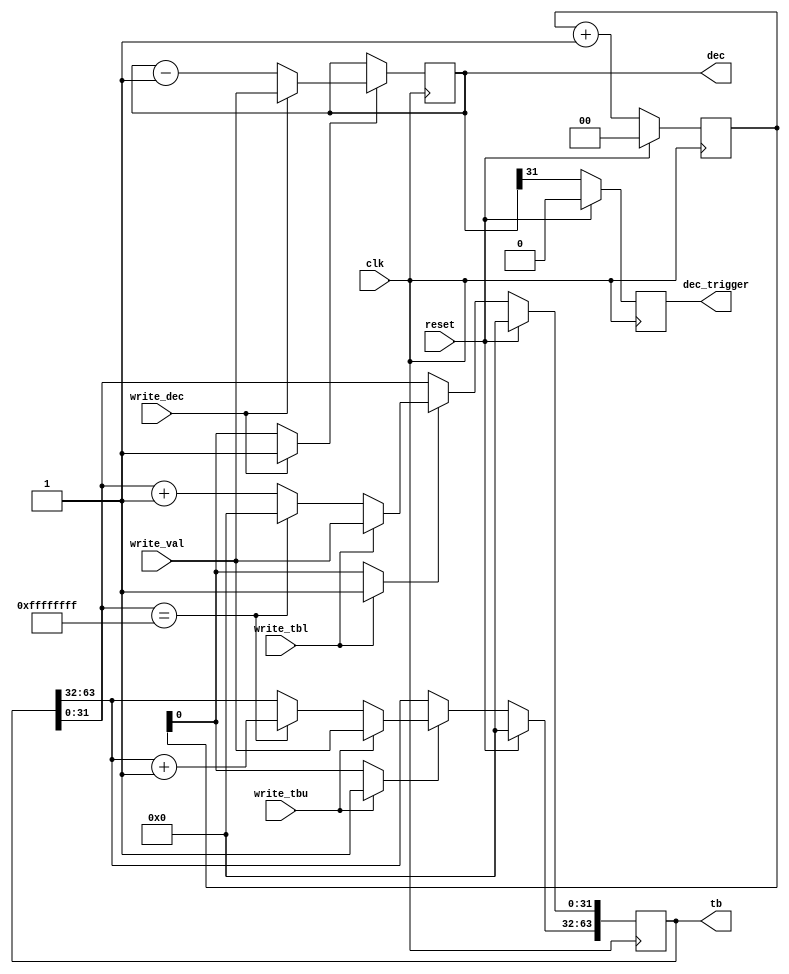
/* decode_tbdec
 * TB and DEC counter/timer logic, including update from mttb.
 *
 * Copyright 2020-2022 Matt Evans
 * SPDX-License-Identifier: Apache-2.0 WITH SHL-2.1
 *
 * Licensed under the Solderpad Hardware License v 2.1 (the License); you may
 * not use this file except in compliance with the License, or, at your option,
 * the Apache License version 2.0. You may obtain a copy of the License at
 *
 *  https://solderpad.org/licenses/SHL-2.1/
 *
 * Unless required by applicable law or agreed to in writing, any work
 * distributed under the License is distributed on an AS IS BASIS, WITHOUT
 * WARRANTIES OR CONDITIONS OF ANY KIND, either express or implied. See the
 * License for the specific language governing permissions and limitations
 * under the License.
 */

`define CYCLE_UPDATE_L2_M1 0 // 0 = /2, 1 = /4

module decode_tbdec(input wire         clk,
		    input wire 	       reset,

		    input wire 	       write_tbl,
		    input wire 	       write_tbu,
		    input wire 	       write_dec,
		    input wire [31:0]  write_val,

		    output wire [63:0] tb,
		    output wire [31:0] dec,
		    output wire        dec_trigger
		    );

   reg [63:0]                                as_TB /*verilator public*/;
   reg [31:0]                                as_DEC /*verilator public*/;

   assign tb = as_TB;
   assign dec = as_DEC;

   /* TB and DEC both change at F_CPU/2 or /4.  This is particularly important
    * for TB, as we don't want to do a 64-bit add per cycle (slow).  This logic
    * attempts to split the TB update, to reduce the critical path.
    */

   reg [31:0] wr_TBL_val; // Wire
   reg [31:0] wr_TBU_val; // Wire
   reg [31:0] wr_DEC_val; // Wire
   reg 	      update_TBL; // Wire
   reg 	      update_TBU; // Wire
   reg 	      update_DEC; // Wire
   reg [31:0] TBL_next; // Wire
   reg [31:0] TBU_next; // Wire
   reg [1:0]  cycle_count;
   reg [63:0] inter_TB /*verilator public*/;
   reg 	      DEC_out_r;

   assign dec_trigger = DEC_out_r;

   // New values for TB and DEC
   always @(*) begin
      // Flag an update based on delay counter:
      update_TBL = cycle_count[`CYCLE_UPDATE_L2_M1];
      update_TBU = cycle_count[`CYCLE_UPDATE_L2_M1];
      update_DEC = cycle_count[`CYCLE_UPDATE_L2_M1];

      if (as_TB[31:0] == 32'hffffffff) begin
	 TBL_next = 0;
	 TBU_next = as_TB[63:32] + 1;
      end else begin
	 TBL_next = as_TB[31:0] + 1;
	 TBU_next = as_TB[63:32];
      end

      if (write_tbl) begin
	 // Update the reg with the written value
	 wr_TBL_val = write_val;
	 // Force an update, even if cycle_count doesn't say it's ready
	 update_TBL = 1;
      end else begin
	 wr_TBL_val = TBL_next;
      end

      if (write_tbu) begin
	 wr_TBU_val = write_val;
	 update_TBU = 1;
      end else begin
	 wr_TBU_val = TBU_next;
      end

      if (write_dec) begin
	 wr_DEC_val = write_val;
	 update_DEC = 1;
      end else begin
	 wr_DEC_val = as_DEC - 1;
      end
   end

   always @(posedge clk) begin
      cycle_count    <= cycle_count + 1;

      /* These regs are written when their value is loaded via
       * write_val, or when a tick occurs.  The value written is
       * prepared by combinatorial logic above.
       */
      if (update_TBL)
	as_TB[31:0]  <= wr_TBL_val;
      if (update_TBU)
	as_TB[63:32] <= wr_TBU_val;
      if (update_DEC)
	as_DEC       <= wr_DEC_val;

      /* Finally, give the MSB of decrementer to IF, so it can decide when
       * to trigger an exception.  Delay it a cycle here for timing karma.
       */
      DEC_out_r      <= (as_DEC[31] == 1);

      if (reset) begin
	 as_TB          <= 64'h0;
	 inter_TB       <= 64'h0;
	 cycle_count    <= 2'h0;
	 DEC_out_r      <= 1'b0;
      end
   end


endmodule // decode_tbdec